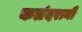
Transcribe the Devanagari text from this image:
कलंदरानी